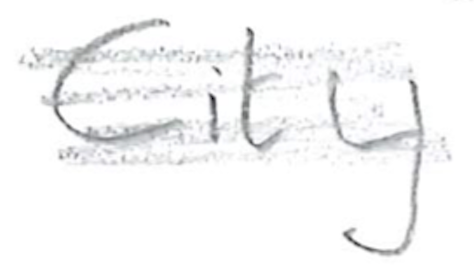
Text: City
Cross-out: mix
Writing tool: pencil